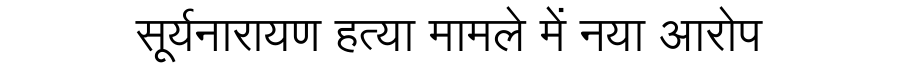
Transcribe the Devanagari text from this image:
सूर्यनारायण हत्या मामले में नया आरोप